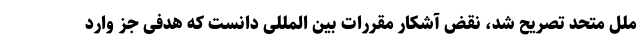
ملل متحد تصریح شد، نقض آشکار مقررات بین المللی دانست که هدفی جز وارد